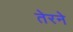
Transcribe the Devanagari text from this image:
तेरने